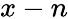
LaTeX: x-n